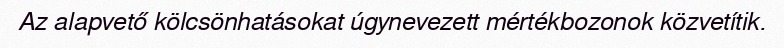
Az alapvető kölcsönhatásokat úgynevezett mértékbozonok közvetítik.